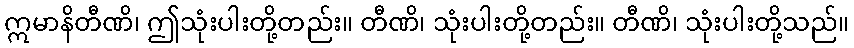
ဣမာနိတီဏိ၊ ဤသုံးပါးတို့တည်း။ တီဏိ၊ သုံးပါးတို့တည်း။ တီဏိ၊ သုံးပါးတို့သည်။